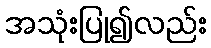
အသုံးပြု၍လည်း